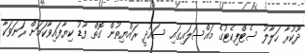
ދޫކުރާ ހަލާލު ސެޓްފިކެޓުގެ މައްސަލައިގައި ސައުދީ ރައްޔިތުން ގޮތް ފާޑު ކިޔާފައިވާކަމަށް ރަނަވަކާ